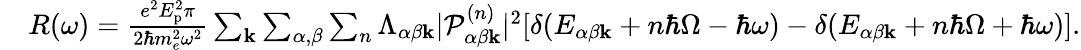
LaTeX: \begin{array}{rl}&{R(\omega)=\frac{e^{2}E_{\textrm{p}}^{2}\pi}{2\hbar m_{e}^{2}\omega^{2}}\sum_{\mathbf{k}}\sum_{\alpha,\beta}\sum_{n}\Lambda_{\alpha\beta\mathbf{k}}|\mathcal{P}_{\alpha\beta\mathbf{k}}^{(n)}|^{2}[\delta(E_{\alpha\beta\mathbf{k}}+n\hbar\Omega-\hbar\omega)-\delta(E_{\alpha\beta\mathbf{k}}+n\hbar\Omega+\hbar\omega)].}\end{array}